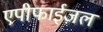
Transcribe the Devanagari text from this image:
एपीफाईज़ल